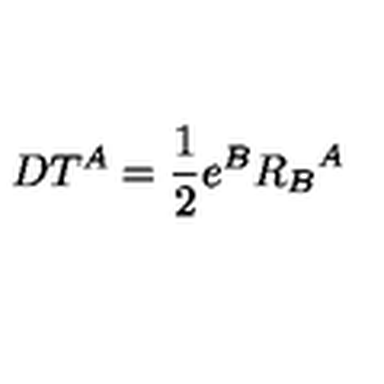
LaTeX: D T ^ { A } = { \frac { 1 } { 2 } } e ^ { B } { R _ { B } } ^ { A }